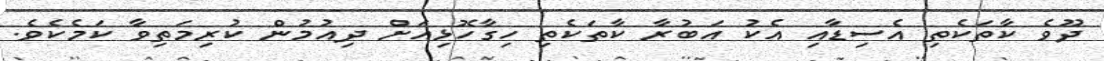
ދޫވެ ކާތަކެތި އެސިޑާއި އެކު އަބުރާ ކާތަކެތި ހިގާހޮޅިއަށް ދިއުމުން ކުރިމަތިވާ ކަމެކެވެ.